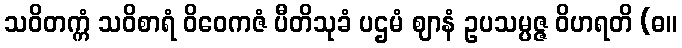
သဝိတက္ကံ သဝိစာရံ ဝိဝေကဇံ ပီတိသုခံ ပဌမံ ဈာနံ ဥပသမ္ပဇ္ဇ ဝိဟရတိ (ဓ။